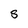
Character: S